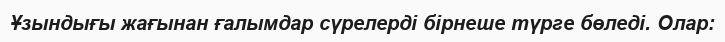
Ұзындығы жағынан ғалымдар сүрелерді бірнеше түрге бөледі. Олар: